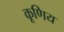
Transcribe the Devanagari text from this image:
कूणिय